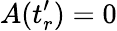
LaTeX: A(t_{r}^{\prime})=0